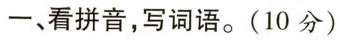
一、看拼音，写词语。(10分)